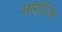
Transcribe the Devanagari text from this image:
मारोठिया